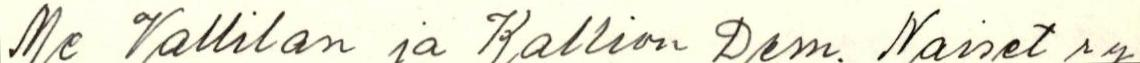
Me Vallilan ja Kallion Dem. Naiset ry